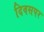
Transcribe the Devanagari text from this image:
दिवसपर